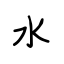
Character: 水